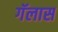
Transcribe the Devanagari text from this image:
गॅलास